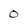
Character: 0